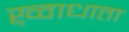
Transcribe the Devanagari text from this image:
ख़्वाधाता